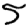
Digit: 5